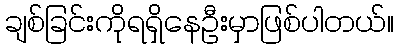
ချစ်ခြင်းကိုရရှိနေဦးမှာဖြစ်ပါတယ်။